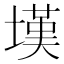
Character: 𰊚